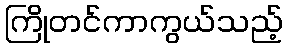
ကြိုတင်ကာကွယ်သည့်